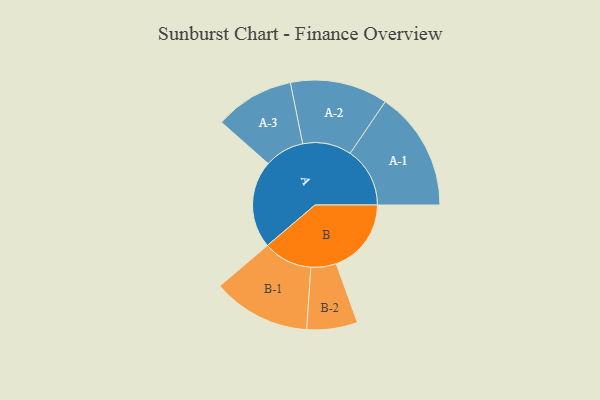
{"axis": {"x": "Segment", "y": "Value"}, "legend": ["", "A", "B"], "data": [{"x": "A", "y": 377, "type": ""}, {"x": "B", "y": 323, "type": ""}, {"x": "A-1", "y": 257, "type": "A"}, {"x": "A-2", "y": 210, "type": "A"}, {"x": "A-3", "y": 171, "type": "A"}, {"x": "B-1", "y": 211, "type": "B"}, {"x": "B-2", "y": 109, "type": "B"}]}